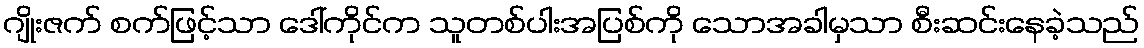
ဂျိုးဇက် စက်ဖြင့်သာ ဒေါ်ကိုင်က သူတစ်ပါးအပြစ်ကို သောအခါမှသာ စီးဆင်းနေခဲ့သည်